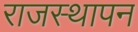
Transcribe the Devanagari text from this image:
राजस्थापन